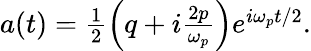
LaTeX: \begin{array}{r}{a(t)=\frac{1}{2}\left(q+i\frac{2p}{\omega_{p}}\right)e^{i\omega_{p}t/2}.}\end{array}